Calcutta medical institutions reports 1871-78
Year: 1871
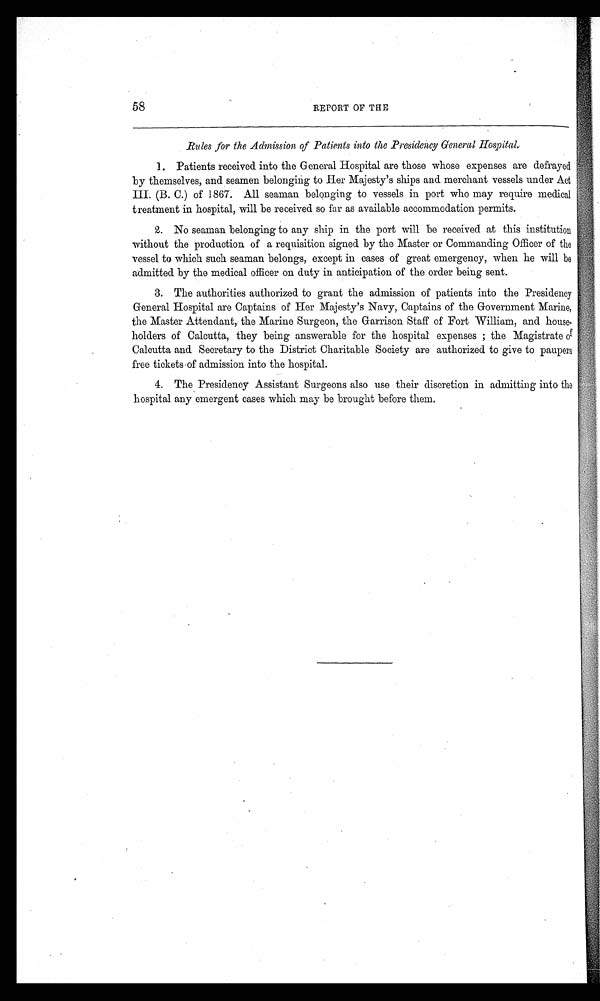
58
REPORT OF THE
Rules for the Admission of Patients into the Presidency General Hospital.
1. Patients received into the General Hospital are those whose expenses are defrayed
by themselves, and seamen belonging to Her Majesty's ships and merchant vessels under Act
III. (B. C.) of 1867. All seaman belonging to vessels in port who may require medical
treatment in hospital, will be received so far as available accommodation permits.
2. No seaman belonging to any ship in the port will be received at this institution
without the production of a requisition signed by the Master or Commanding Officer of the
vessel to which such seaman belongs, except in cases of great emergency, when he will be
admitted by the medical officer on duty in anticipation of the order being sent.
3. The authorities authorized to grant the admission of patients into the Presidency
General Hospital are Captains of Her Majesty's Navy, Captains of the Government Marine,
the Master Attendant, the Marine Surgeon, the Garrison Staff of Fort William, and house-
holders of Calcutta, they being answerable for the hospital expenses; the Magistrate of
Calcutta and Secretary to the District Charitable Society are authorized to give to paupers
free tickets of admission into the hospital.
4. The Presidency Assistant Surgeons also use their discretion in admitting into the
hospital any emergent cases which may be brought before them.